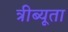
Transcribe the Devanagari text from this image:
त्रीब्यूता